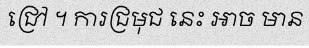
ជ្រៅ ។ ការជ្រមុជ នេះ អាច មាន